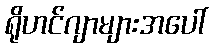
ရိုဟင်ဂျာများအပေါ်